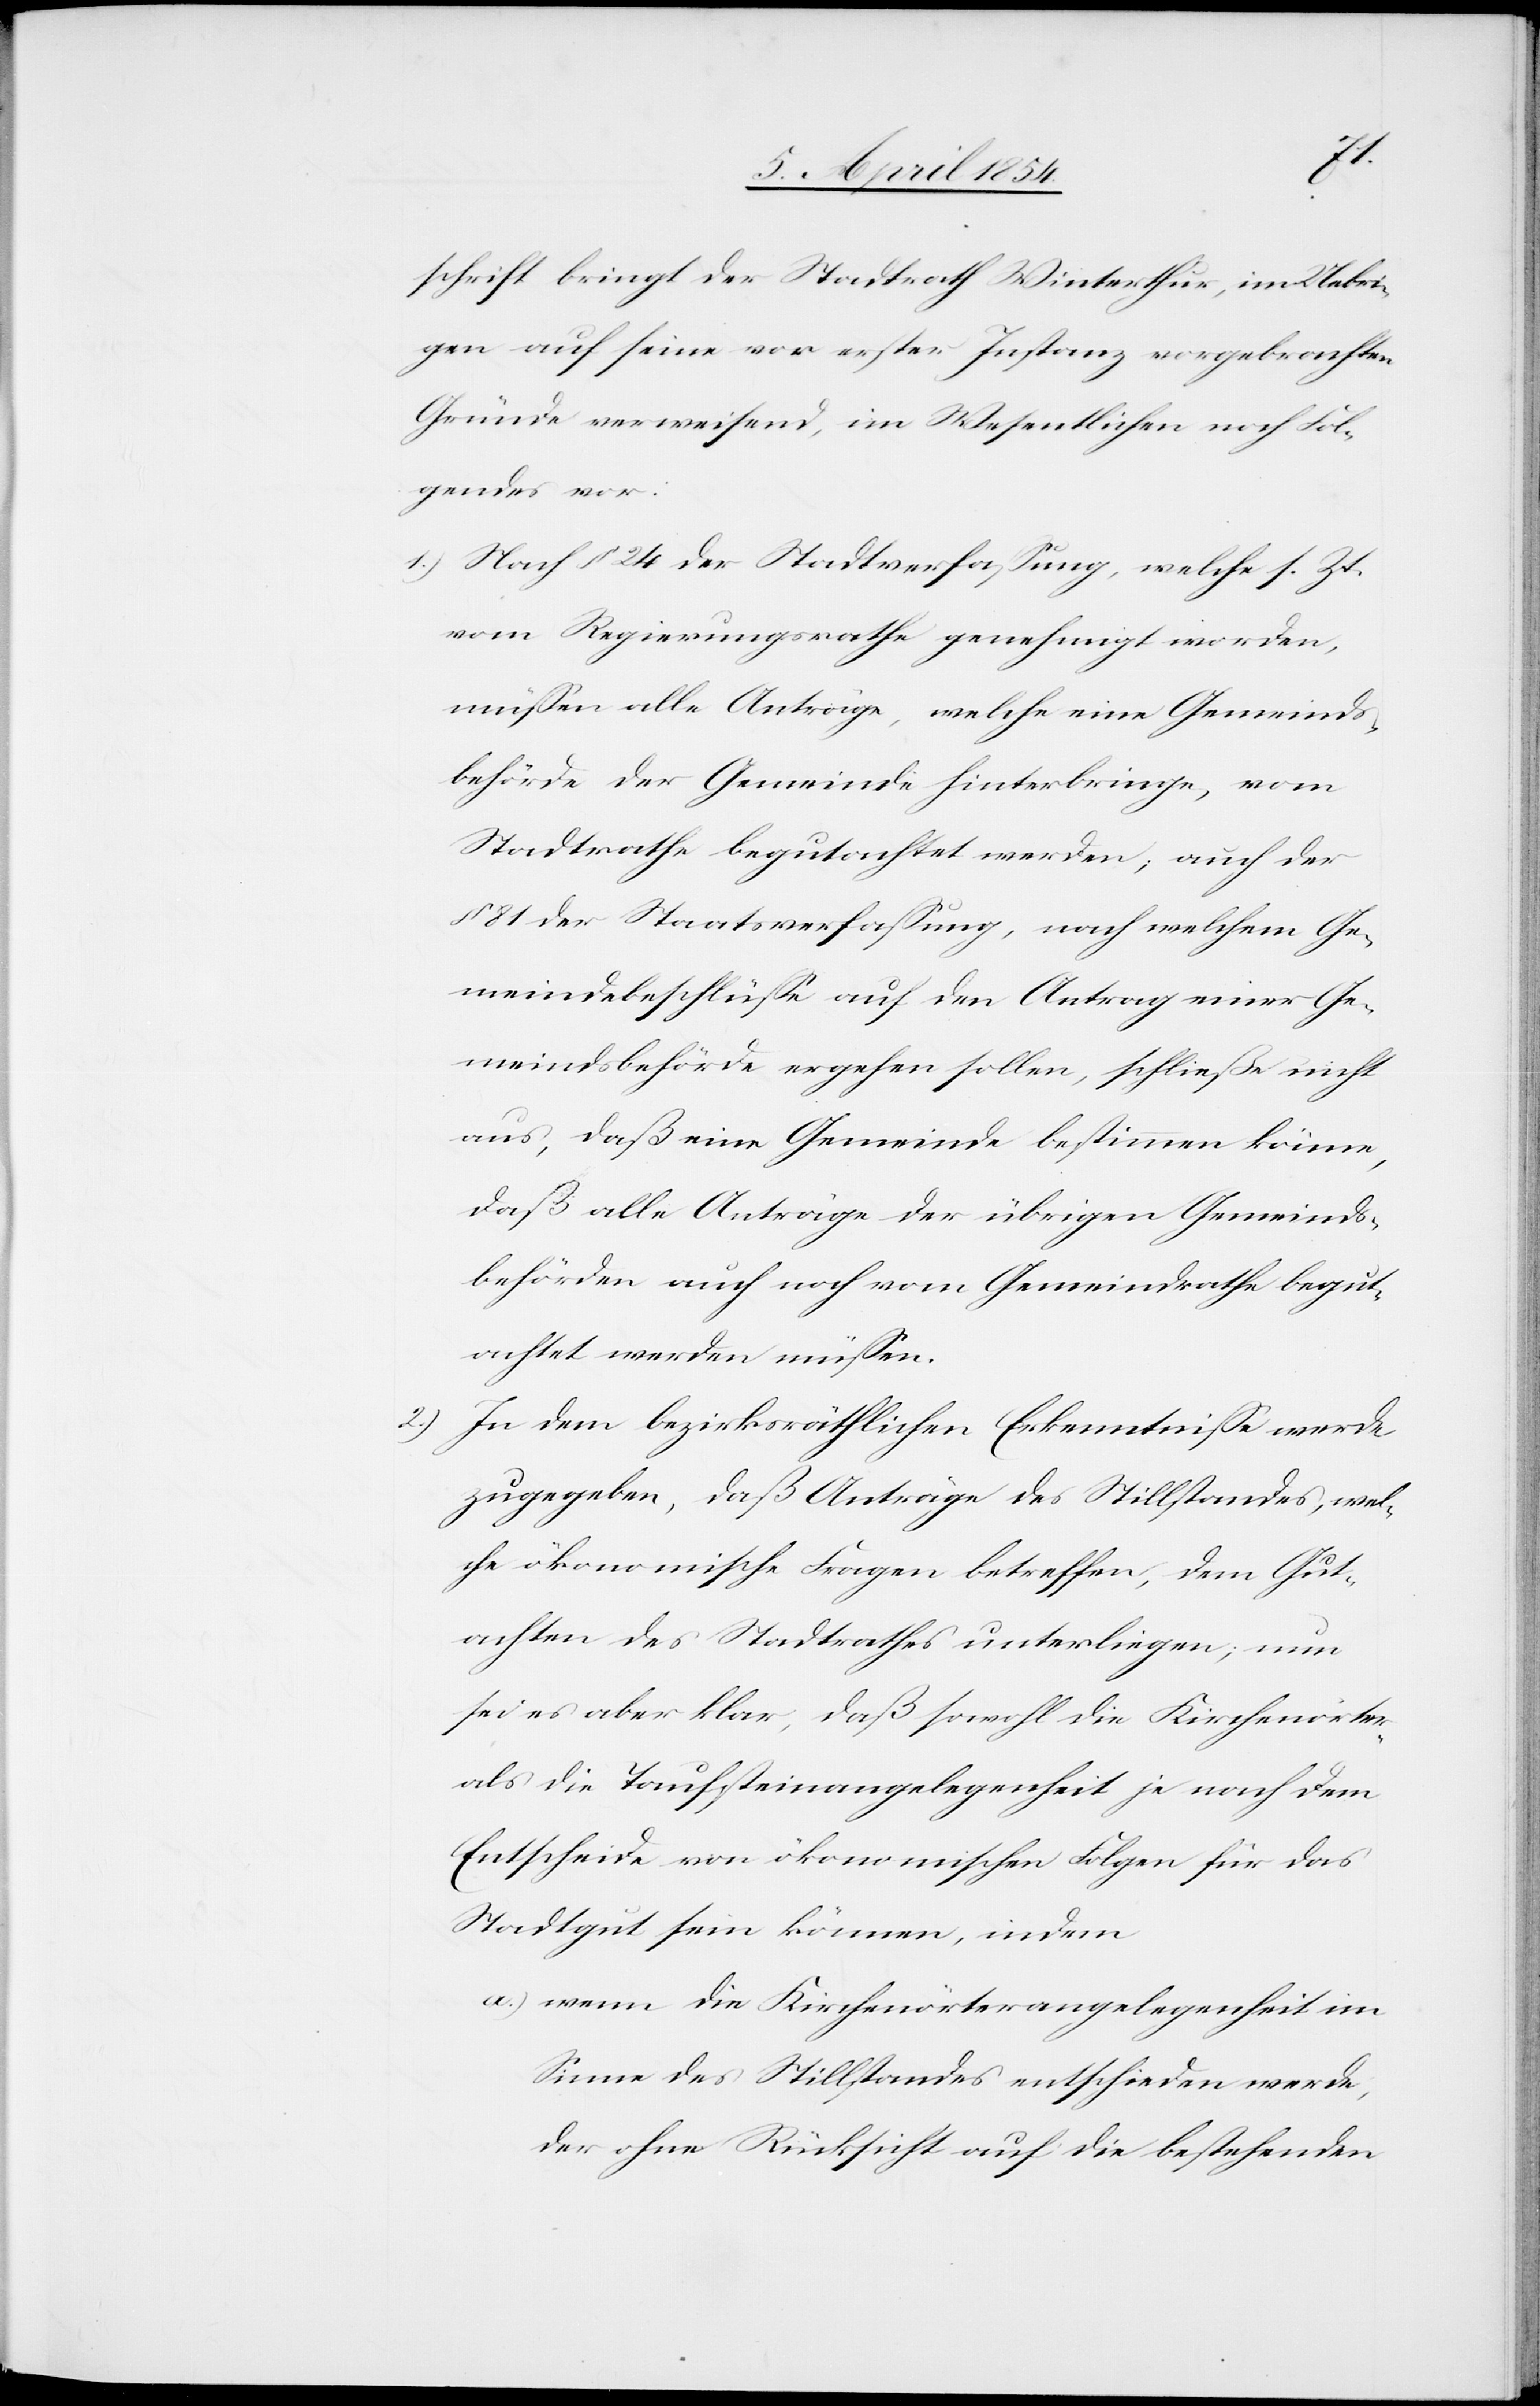
2.)

schrift bringt der Stadtrath Winterthur, im Uebri¬
gen auf seine vor erster Instanz vorgebrachten
Gründe verweisend, im Wesentlichen noch Fol¬
gendes vor:
1.) Nach § 24 der Stadtverfaßung, welche s. Zt.
vom Regierungsrathe genehmigt worden,
müßen alle Anträge, welche eine Gemeinds¬
behörde der Gemeinde hinterbringe, vom
Stadtrathe begutachtet werden; auch der
81 der Staatsverfaßung, nach welchem Ge¬
meindebeschlüße auf den Antrag einer Ge¬
meindsbehörde ergehen sollen, schließe nicht
aus, daß eine Gemeinde bestimmen könne,
daß alle Anträge der übrigen Gemeinds¬
behörden auch noch vom Gemeindrathe begut¬
achtet werden müßen.
In dem bezirksräthlichen Erkenntniße werde
zugegeben, daß Anträge des Stillstandes, wel¬
che ökonomische Fragen betreffen, dem Gut¬
achten des Stadtrathes unterliegen; nun
sei es aber klar, daß sowohl die Kirchenörter-
als die Taufsteinangelegenheit je nach dem
Entscheide von ökonomischen Folgen für das
Stadtgut sein können, indem
a.) wenn die Kirchenörterangelegenheit im
Sinne des Stillstandes entschieden werde,
der ohne Rücksicht auf die bestehenden